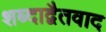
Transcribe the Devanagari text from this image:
शब्दाद्वैतवाद